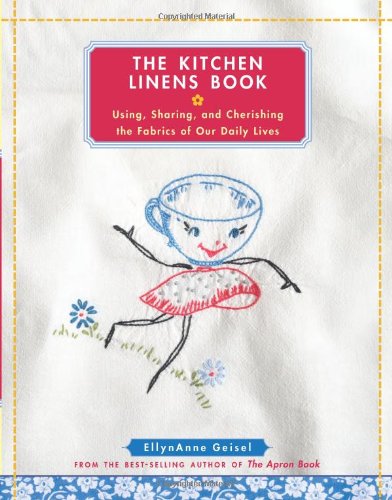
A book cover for The Kitchen Linens Book: Using, Sharing, and Cherishing the Fabrics of Our Daily Lives; EllynAnne Geisel; Arts & Photography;